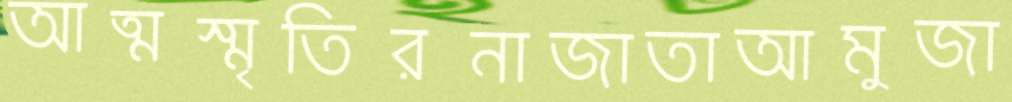
আত্মস্মৃতিরনাজাতাআমুজা